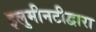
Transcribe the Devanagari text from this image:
इलुमीनटीद्वारा